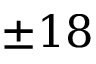
\pm 1 8